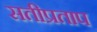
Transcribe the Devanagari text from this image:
सतीप्रताप